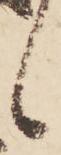
候